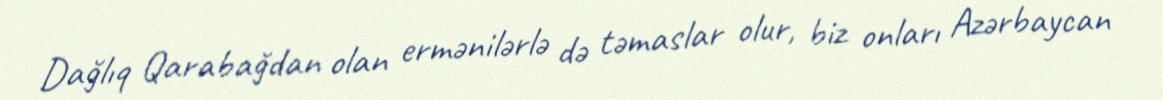
Dağlıq Qarabağdan olan ermənilərlə də təmaslar olur, biz onları Azərbaycan